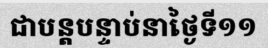
ជាបន្តបន្ទាប់នាថ្ងៃទី១១